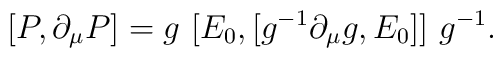
[P,\partial_{\mu}P]=g \ [E_0, [g^{-1}\partial_{\mu}g,E_0]] \ g^{-1}.